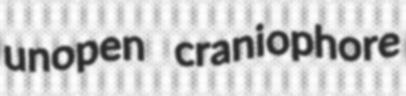
unopen craniophore